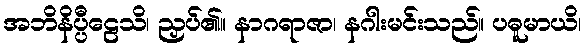
အဘိနိပ္ပီဠေသိ၊ ညှပ်၏။ နာဂရာဇာ၊ နဂါးမင်းသည်။ ပဓူမာယိ၊